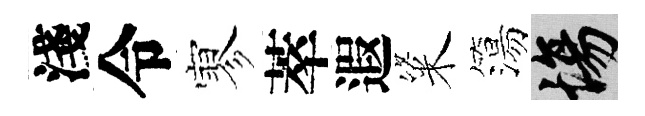
淺令寥萃遐粢簜場